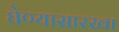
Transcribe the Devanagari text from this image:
घेण्यासारखा